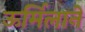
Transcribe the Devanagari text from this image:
ऊर्मिलाने